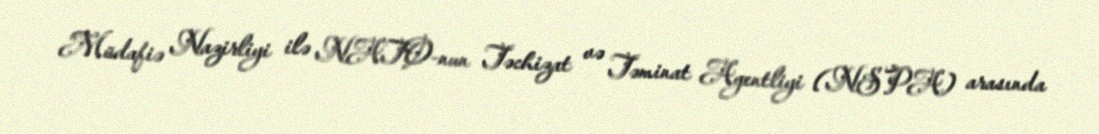
Müdafiə Nazirliyi ilə NATO-nun Təchizat və Təminat Agentliyi (NSPA) arasında